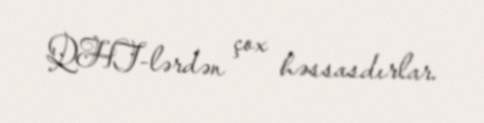
QHT-lərdən çox həssasdırlar.